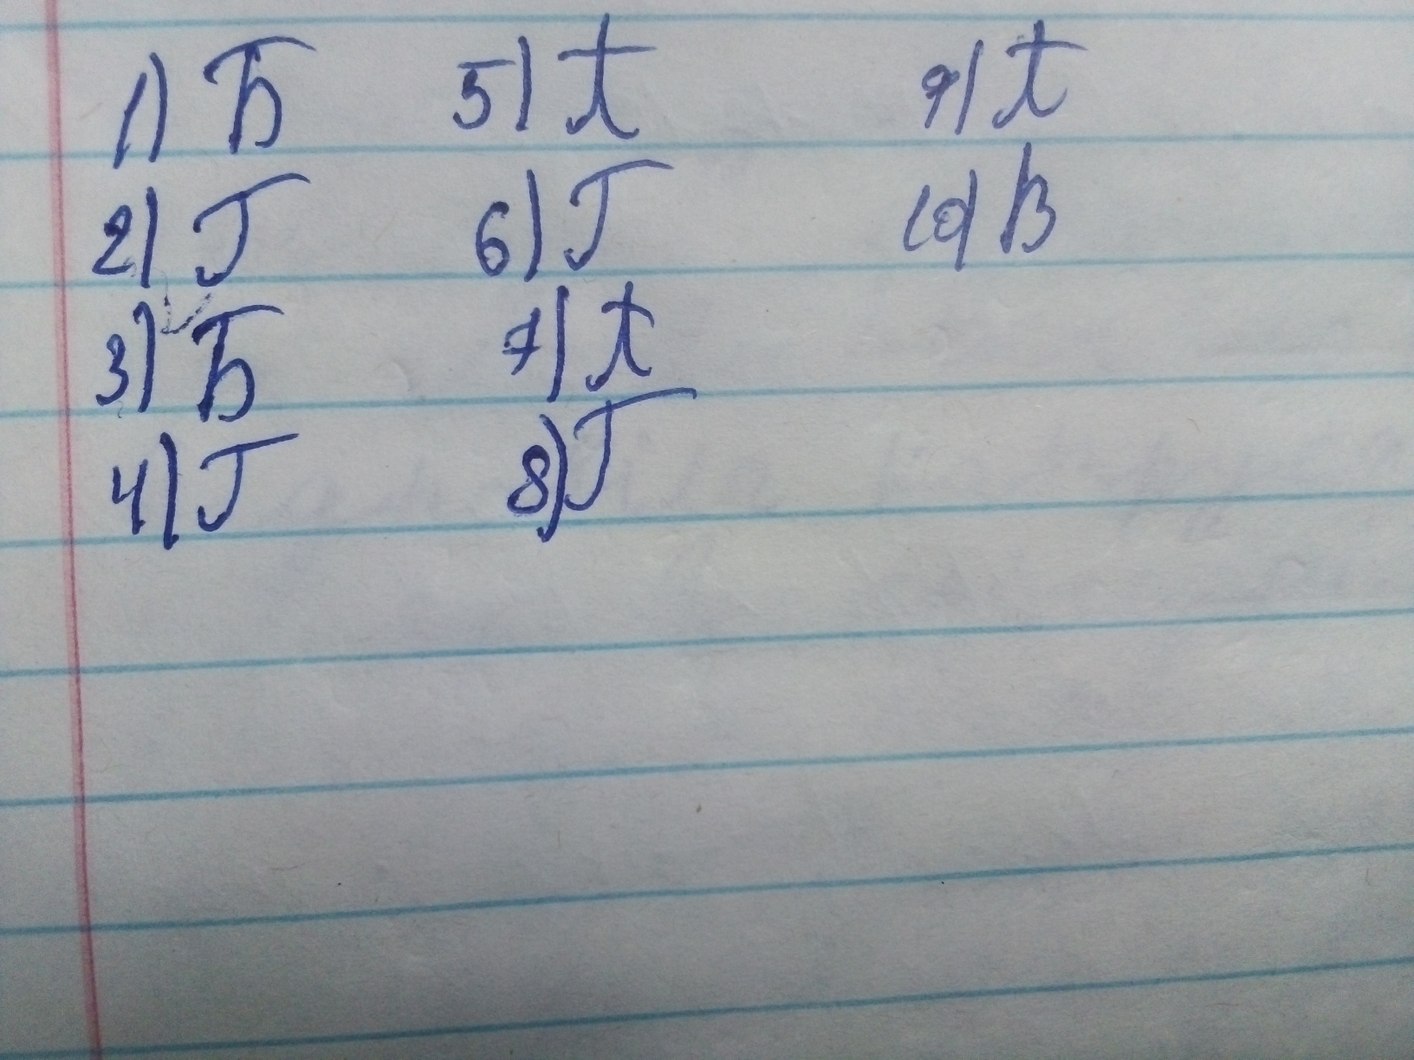
5) А
9) А
1) Б
10) В
6) Г
2) Г
7) А
3) Б
8) Г
4) Г